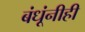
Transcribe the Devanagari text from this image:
बंधूंनीही